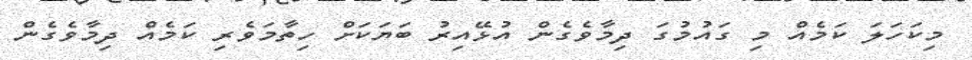
މިކަހަލަ ކަމެއް މި ގައުމުގަ ދިމާވެގެން އުޅޭއިރު ބަޔަކަށް ހިތާމަވެރި ކަމެއް ދިމާވެގެން